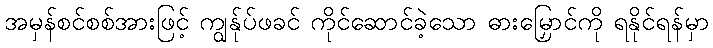
အမှန်စင်စစ်အားဖြင့် ကျွန်ုပ်ဖခင် ကိုင်ဆောင်ခဲ့သော ဓားမြှောင်ကို ရနိုင်ရန်မှာ